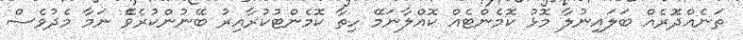
ތަނެއްދޮރެއް ބަލައިނުލާ މޮޅު ކޮމެންޓެއް ކޮއްލާނަމޭ ހިތާ ކޮމެންޓުކުރާއިރު ބޭނުންކުރެވޭެ ނަމާ މެދުވެސް